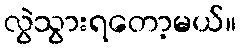
လွဲသွားရတော့မယ်။